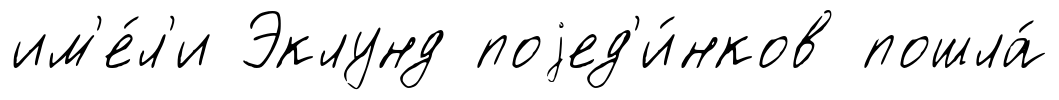
им'е́л'и Эклунд поjед'и́нков пошла́